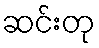
ဆင်းတု